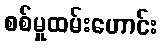
စစ်မှုထမ်းဟောင်း